Annual report on the working of the mental hospitals in the Madras Presidency - 1912-1932
Year: 1912
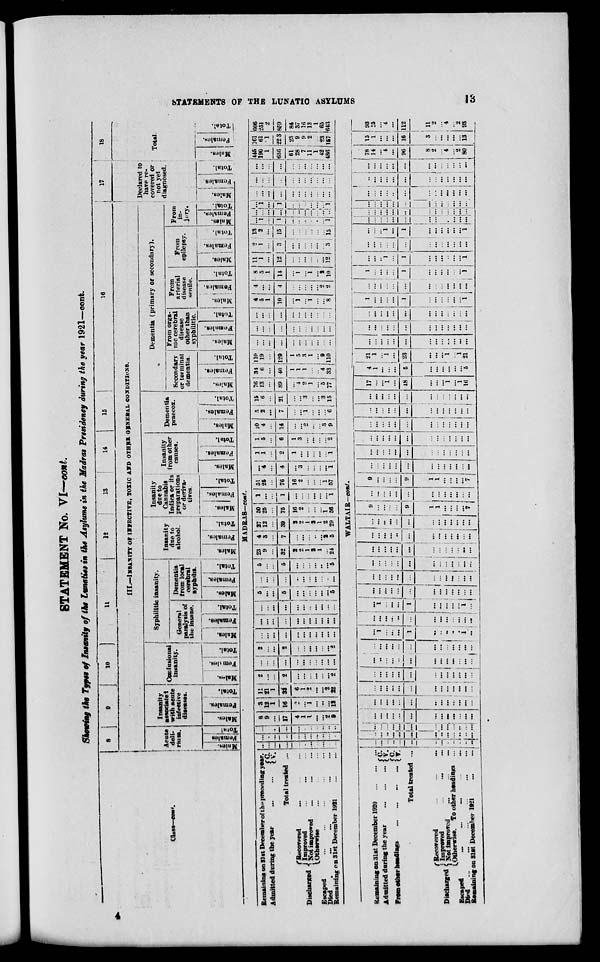
STATEMENTS OF THE LUNATIC ASYLUMS
13
STATEMENT No. VI—cont.
Showing the Types of Insanity of the Lunatics in the Asylums in the Madras Presidency during the year 1921—cont.
Class—cont.
8
9
10
11
12 13 14
15
16
III.—INSANITY OF INFECTIVE, TOXIC AND OTHER GENERAL CONDITIONS.
Acute
deli¬
rium.
Males.
Females
Total.
Insanity
associated
with acute
infective
diseases.
Males.
Females.
Total.
Confusional
insanity.
Males.
Females.
Total.
Syphilitic insanity.
General
paralysis of
the insane.
Males.
Females.
Total.
Dementia
from local
cerebral
Syphilis.
Males.
Females.
Total.
Insanity
due to
alcohol.
Males.
Females.
Total.
Insanity
due to
Cannabis
Indica or its
preparations
or deriva-
tives.
Males.
Females.
Total.
Insanity
from other
causes.
Males.
Females.
Total.
Dementia
praecox.
Males.
Females.
Total.
Dementia (primary or secondary).
Secondary
or terminal
dementia.
Males.
Females.
Total.
From orga¬
nic cerebral
disease
other than
syphilitic.
Males.
Females.
Total.
From
arterial
disease
senile.
Males.
Females.
Total.
From
epilepsy.
Males.
Females.
Total.
From
in¬
inry.
Males.
Females.
Total.
17
Declared to
have re¬
covered or
not yet
diagnosed.
Males.
Females.
Total.
18
Total.
Males.
Females.
Total.
MADRAS-cont.
Remaining on 31st December of the preceding year.
Admitted during the year
...
...
C. V.
Total treated ...
Discharged
recovered ... ... ...
Improved ... ... ...
Not improved... ... ...
Otherwise ... ... ...
Escaped
...
...
...
...
...
Died ... ... ... ... ... ...
Remaining on 31st December 1921...
...
...
...
...
...
.
...
..
...
...
...
...
...
...
...
...
...
...
...
...
...
.
...
...
...
...
...
...
...
...
..
...
...
8
9
...
17
4
1
1
...
...
2
9
3
12
1
16
2
...
1
...
...
...
13
11
21
1
33
6
1
2
...
...
2
22
2
...
..
2
...
...
...
...
...
...
2
...
...
...
...
...
...
...
...
...
...
...
2
...
...
2
...
...
...
...
...
...
2
...
...
...
...
...
...
...
...
...
...
...
...
...
...
...
...
...
...
...
...
...
...
...
...
...
...
...
...
...
...
...
...
...
5
...
...
5
...
...
...
... ...
...
5
...
...
...
...
...
...
...
... ...
..
...
5
...
...
5
...
...
...
...
..
...
5
23
9
...
32
2
2
1
2
1
...
24
4
3
...
7
...
...
...
...
...
2
5
27
12
...
39
2
2
1
2
1
2
29
50
25
...
75
16
2
...
...
...
1
56
1
...
...
1
...
...
...
...
...
...
1
51
25
...
76
16
2
...
...
...
1
57
...
4
...
4
...
3
...
...
...
...
1
1
1
...
2
1
...
...
...
...
...
1
1
5
...
6
1
3
...
...
...
...
2
10
4
...
14
...
...
2
...
...
3 9
5
2
...
7
...
...
1
...
...
...
6
15
6
...
21
...
...
3
...
...
3
15
76
13
...
89
...
4
2
1
...
5
77
34
6
...
40
1
1
1
...
..
4
33
110
19
...
129
1
5
3
1
...
9
110
...
...
...
...
...
...
...
...
...
...
...
...
...
...
...
...
...
...
...
...
...
...
...
...
...
...
...
...
...
...
...
...
..
4
5
1
10
...
1
...
1
...
...
8
4 ...
...
4
...
...
...
...
...
2
2
8
5
1
14
...
1
...
1
...
2
10
11
1
...
12
...
...
...
...
..
...
12
2
1
...
3
...
...
...
...
...
...
3
13
2
...
15
...
...
...
...
...
...
15
...
1
...
1
...
...
..
...
...
...
1
...
...
...
...
...
..
...
...
...
...
..
...
1
...
1
...
...
..
...
...
...
1
...
...
...
...
...
...
...
...
...
...
...
...
...
...
...
...
...
...
...
...
...
...
...
...
...
...
...
...
...
...
...
...
...
445
190
1
636
61
28
7
11
1
42
486
161
61
1
223
23
9
9
2
...
23
157
606
251
2
859
84
37
16
13
1
65
643
WALTAIR—cont.
Remaining on 31st December 1920 ... ... ...
Admitted during the year
...
...
...
From other headings ... ... ...
C.
V.
C.
V.
Total treated ...
Discharged
Recovered
...
...
...
...
Improved
...
... ... ...
Not
improved
...
...
...
Otherwise. To other headings ...
Escaped.
...
...
...
...
Died
...
...
...
...
...
Remaining on 31st December 1921
...
...
...
...
...
...
...
...
...
...
...
...
..
...
...
...
...
...
...
...
...
...
...
...
..
...
...
...
...
...
...
...
...
...
...
...
...
..
...
...
...
...
...
...
...
...
...
...
...
...
...
...
...
...
...
...
...
...
...
...
...
...
...
...
...
...
...
...
...
...
...
...
...
...
...
...
...
...
...
...
...
...
...
...
...
...
...
...
...
...
...
...
...
..
...
...
...
...
...
...
...
...
...
...
...
...
...
...
...
...
...
...
...
...
...
...
...
...
...
1
...
...
...
1
...
...
...
...
...
1
...
...
...
...
...
...
...
...
...
...
...
...
...
..
...
1
...
...
...
1
...
...
...
...
...
1
...
...
...
...
...
...
...
...
...
...
...
...
...
...
...
...
...
...
...
...
...
...
...
...
...
...
...
...
...
...
...
...
...
...
...
...
...
...
...
...
...
...
...
...
...
...
...
...
...
...
..
...
...
...
...
...
...
...
...
...
...
...
...
...
...
...
...
...
...
...
...
...
...
...
...
...
...
...
...
9
...
...
...
...
9
1
1
...
...
...
...
7
...
...
...
...
...
...
...
...
...
...
...
...
...
9
...
...
...
...
9
1
1
...
...
...
...
7
...
...
...
...
...
...
...
...
...
...
...
...
...
...
...
...
...
...
...
...
...
...
...
...
...
...
...
...
...
...
...
...
...
...
...
...
...
...
...
...
...
...
...
...
...
...
...
...
...
...
...
...
...
...
...
...
...
...
...
...
...
...
...
...
...
...
...
...
...
...
...
...
...
...
...
...
...
...
17
...
...
1
...
18
...
...
...
1
...
1
16
4
1
...
...
...
5
...
...
...
...
...
...
5
21
1
...
1
...
23
...
...
... 1
...
1
21
...
...
...
...
...
...
...
...
...
...
...
...
...
...
...
...
...
...
...
...
...
...
...
...
...
...
...
...
...
...
...
...
...
...
...
...
...
...
...
1
...
...
...
...
1
...
...
...
...
...
...
1
...
...
...
...
...
...
...
...
...
...
...
...
...
1
...
...
...
...
1
...
...
...
...
...
...
1
...
...
..
1
...
1
...
...
...
...
...
...
1
...
...
...
...
...
...
...
...
...
...
...
...
...
...
...
...
1
...
1
...
...
...
...
...
...
1
...
...
...
...
...
...
...
...
...
...
...
...
...
...
...
...
...
...
...
...
...
...
...
...
...
...
...
...
...
...
...
...
...
...
...
...
...
...
...
...
...
...
...
...
...
...
...
...
...
...
...
...
...
...
...
...
...
...
...
...
...
...
...
...
...
...
...
...
...
...
...
...
...
...
...
...
...
...
78
14
...
4
...
96
8
2
...
4
...
2
80
15
1
...
...
...
16
3
...
...
...
...
...
13
93
15
...
4
...
112
11
2
...
4
...
2
93